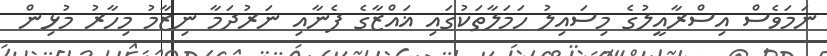
ނަމަވެސް އިސްރާއީލުގެ މިސައިލު ހަމަލާތަކުގައި ޣައްޒާގެ ފެނާއި ނަރުދަމާ ނިޒާމު މިހާރު މުޅިން